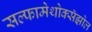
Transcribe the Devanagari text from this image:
सल्फामेथोक्सॅझोल